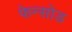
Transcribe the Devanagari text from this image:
फेन्सोड